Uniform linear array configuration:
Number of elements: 8
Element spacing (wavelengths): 0.75
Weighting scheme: blackman
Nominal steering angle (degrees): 15
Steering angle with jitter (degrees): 15.973
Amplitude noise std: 0.05
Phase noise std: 0.05

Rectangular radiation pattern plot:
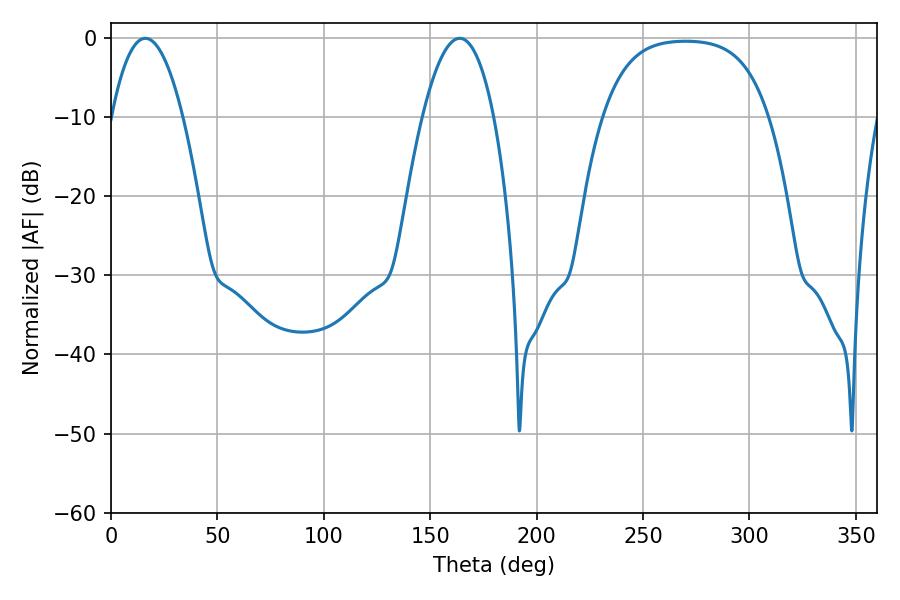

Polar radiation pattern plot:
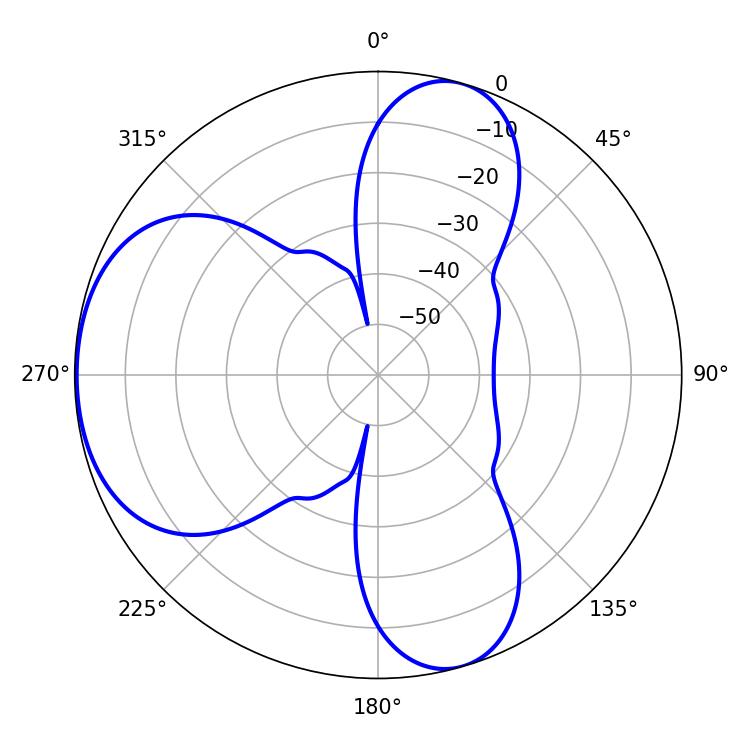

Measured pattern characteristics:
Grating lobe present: TRUE
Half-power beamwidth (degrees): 18.54
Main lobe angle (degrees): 16.2